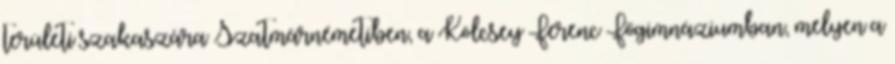
területi szakaszára Szatmárnémetiben, a Kölcsey Ferenc Főgimnáziumban, melyen a